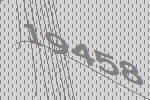
19458